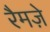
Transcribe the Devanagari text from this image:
रैमज़े